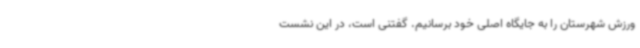
ورزش شهرستان را به جایگاه اصلی خود برسانیم. گفتنی است، در این نشست